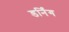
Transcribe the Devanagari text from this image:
डर्निंग